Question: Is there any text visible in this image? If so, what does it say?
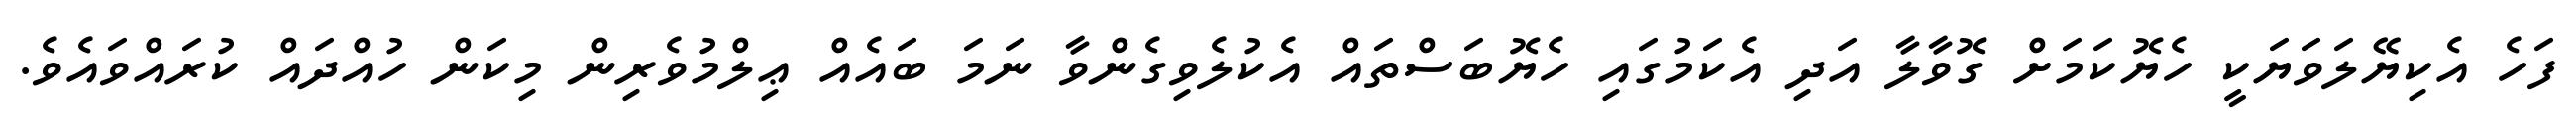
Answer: ފަހެ އެކިޔޭލަވަޔަކީ ހެޔޮކަމަށް ގޮވާލާ އަދި އެކަމުގައި ހެޔޮބަސްތައް އެކުލެވިގެންވާ ނަމަ ބައެއް ޢިލްމުވެރިން މިކަން ހުއްދައް ކުރައްވައެވެ.